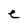
Character: e